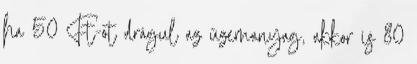
ha 50 Ft-ot drágul az üzemanyag, akkor is 80